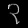
Digit: ၃